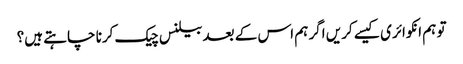
تو ہم انکوائری کیسے کریں اگر ہم اس کے بعد بیلنس چیک کرنا چاہتے ہیں؟